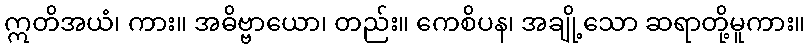
ဣတိအယံ၊ ကား။ အဓိဗ္ဗာယော၊ တည်း။ ကေစိပန၊ အချို့သော ဆရာတို့မူကား။